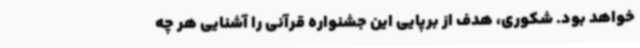
خواهد بود. شکوری، هدف از برپایی این جشنواره قرآنی را آشنایی هر چه